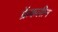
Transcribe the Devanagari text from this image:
फ्रेंकलीन